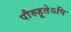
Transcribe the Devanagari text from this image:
पौरुहूतेऽपि